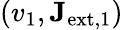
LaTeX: (v_{1},\mathbf{J}_{\mathrm{ext,1}})